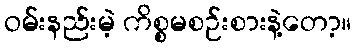
ဝမ်းနည်းမဲ့ ကိစ္စမစဉ်းစားနဲ့တော့။